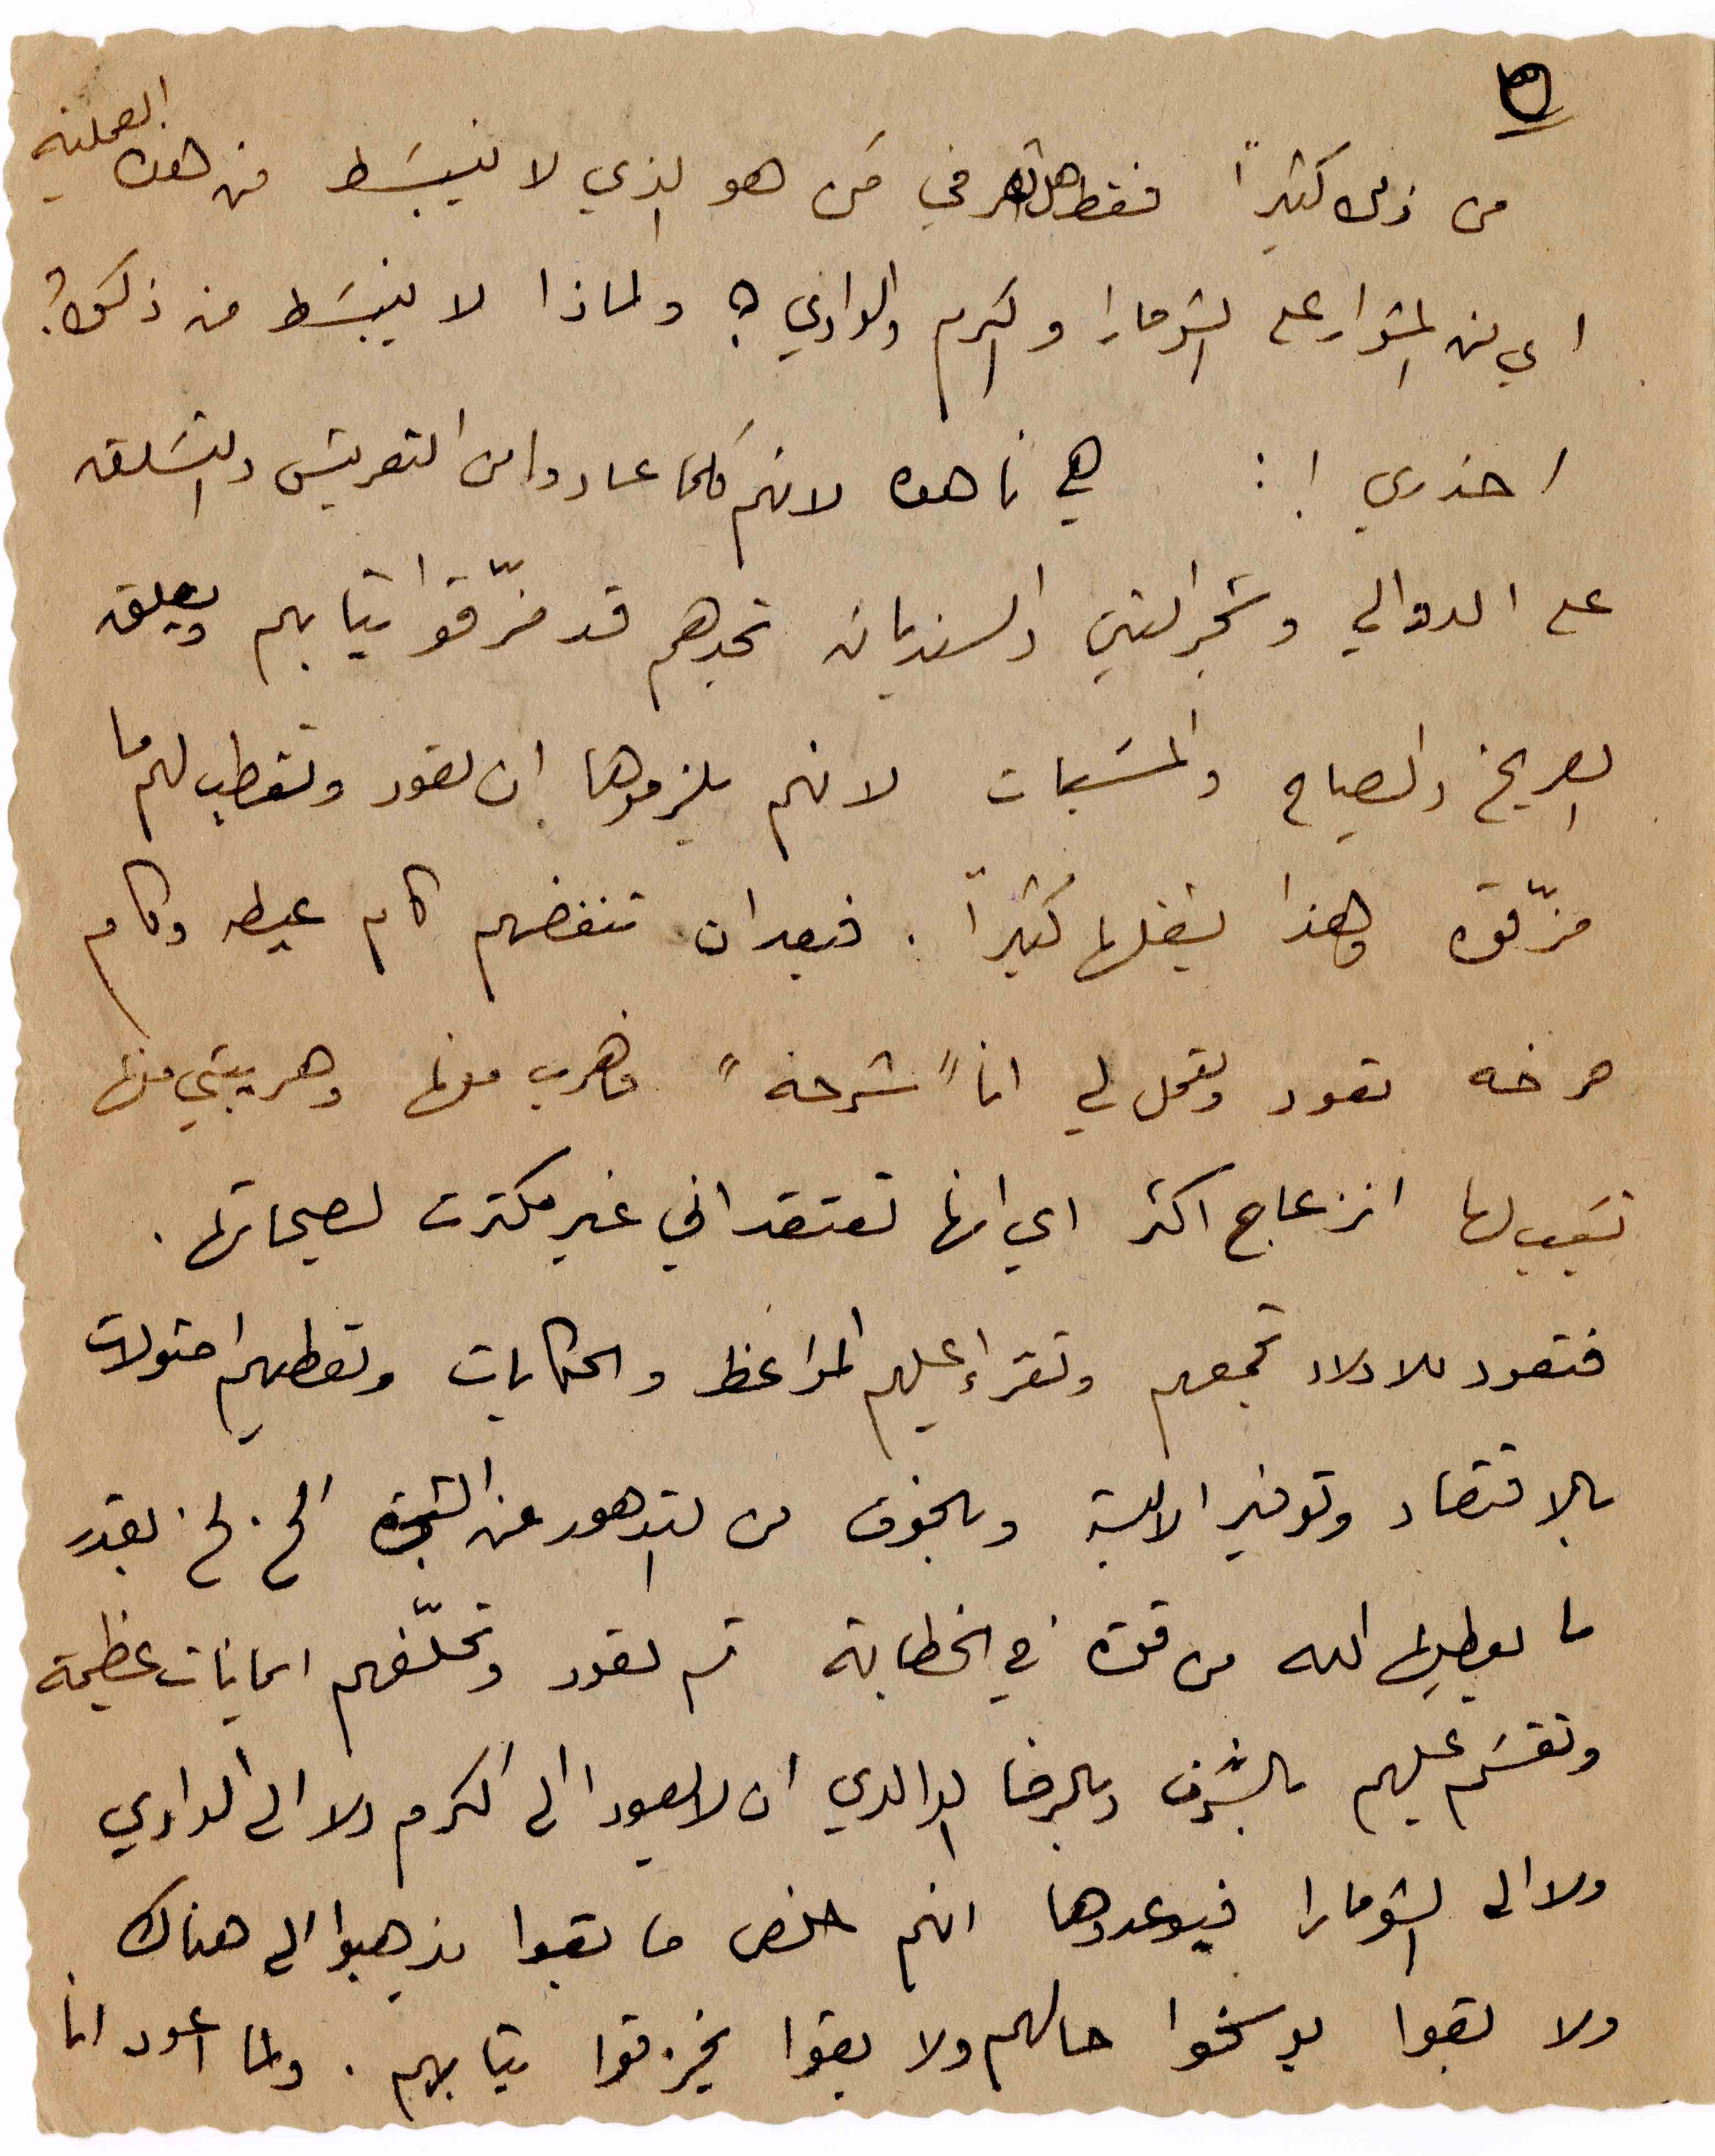
٥ من ذلك كثيراً فقط هل تعرفي مَن هو الذي لا ينبَسط من هذه العملية
اي من المشوار على الشومارا والكرم والوادي؟ ولماذا لا ينبسط من ذلك؟
احذري! : هي ناهده لانهم كلما عادوا من التعريش والتسَلق
على الدوالي وشجر التين والسنديان تجدهم قد مزّقوا ثيابهم ويعلق
الصريخ والصياح والمسبّات لانهم يلزموها ان تعود وتقطب لهم ما
مزّقوه وهذا يشغلها كثيراً. فبعد ان تنفضهم كام عيطه وكام
صرخه تعود وتعمل لي انا "شرحه" فاهرب منها وهريبتي منها
تسَبب لها انزعاج اكثر ان انها تعتقد اني غير مكترث لصيحاتها.
فتعود للاولاد تجمعهم وتقراء عليهم المواعظ والحكايات وتعطيهم امثولات
بالاقتصاد وتوفير الالبسة وبالخوف من التدهور عن الشجرة الخ الخ بقدر
ما يعطِها الله من قوة في الخطابة ثم تعود وتحلّفهم ايمانات عظيمة
وتقسَم عليهم بالشرف وبالرضا الوالدي ان لا يعودا الى الكرم ولا الى الوادي
ولا الى الشومارا فيوعدوها انهم خلص ما بقوا يذهبوا الى هناك
ولا بقوا يوسخوا حالهم ولا بقوا يخزقوا تيابهم. ولما اعود انا